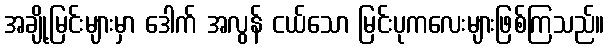
အချို့မြင်းများမှာ ဒေါက် အလွန် ငယ်သော မြင်းပုကလေးများဖြစ်ကြသည်။